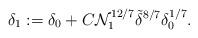
LaTeX: \begin{align*}\delta_1:=\delta_0+C\mathcal N_1^{12/7}\tilde \delta^{8/7}\delta_0^{1/7}.\end{align*}